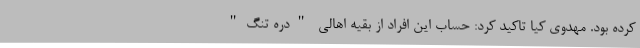
کرده بود. مهدوی کیا تاکید کرد: حساب این افراد از بقیه اهالی "دره تنگ"